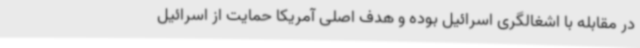
در مقابله با اشغالگری اسرائیل بوده و هدف اصلی آمریکا حمایت از اسرائیل